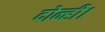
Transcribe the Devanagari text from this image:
दोन्ही।